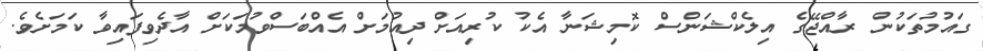
ގައުމުތަކުން ރާއްޖޭގެ އިލެކްޝަންސް ކޮމިޝަނާ އެކު ކުރިއަށް ދިއުމަށް އެއްބަސްވުމަކަށް އާދެވިފައިވާ ކަމަށެވެ.